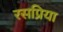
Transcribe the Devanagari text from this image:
रसप्रिया